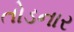
તોડનાર